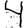
Digit: 4